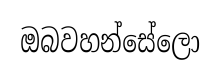
ඔබවහන්සේලො